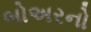
બોઅરનો